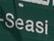
seasi